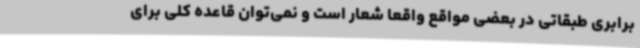
برابری طبقاتی در بعضی مواقع واقعا شعار است و نمی‌توان قاعده کلی برای